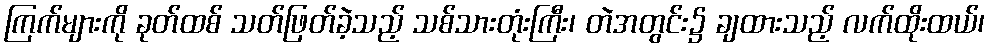
ကြက်များကို ခုတ်ထစ် သတ်ဖြတ်ခဲ့သည့် သစ်သားတုံးကြီး၊ တဲအတွင်း၌ ချထားသည့် လက်ထိုးထယ်၊